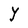
Character: Y